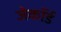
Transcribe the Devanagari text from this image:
जेकॉर्ड